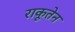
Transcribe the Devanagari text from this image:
राकूतेन